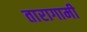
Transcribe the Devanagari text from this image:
तारागामी